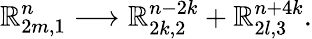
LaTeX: \mathbb{R}_{2m,1}^{n}\longrightarrow\mathbb{R}_{2k,2}^{n-2k}+\mathbb{R}_{2l,3}^{n+4k}.